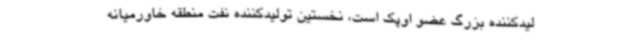
لیدکننده بزرگ عضو اوپک است، نخستین تولیدکننده نفت منطقه خاورمیانه